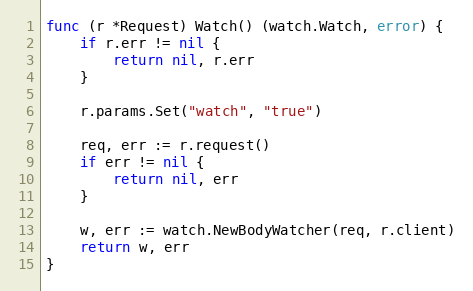
Language: Go
func (r *Request) Watch() (watch.Watch, error) {
	if r.err != nil {
		return nil, r.err
	}

	r.params.Set("watch", "true")

	req, err := r.request()
	if err != nil {
		return nil, err
	}

	w, err := watch.NewBodyWatcher(req, r.client)
	return w, err
}